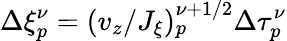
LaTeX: \Delta\xi_{p}^{\nu}=(v_{z}/J_{\xi})_{p}^{\nu+1/2}\Delta\tau_{p}^{\nu}